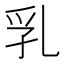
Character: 乳